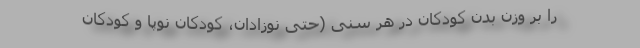
را بر وزن بدن کودکان در هر سنی (حتی نوزادان، کودکان نوپا و کودکان